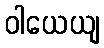
ဝါယေယျ